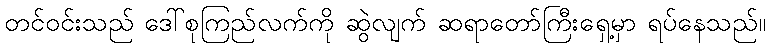
တင်ဝင်းသည် ဒေါ်စုကြည်လက်ကို ဆွဲလျက် ဆရာတော်ကြီးရှေ့မှာ ရပ်နေသည်။